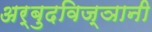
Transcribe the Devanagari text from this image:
अर्बुदविज्ञानी